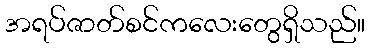
အရပ်ဇာတ်စင်ကလေးတွေရှိသည်။